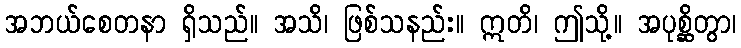
အဘယ်စေတနာ ရှိသည်။ အသိ၊ ဖြစ်သနည်း။ ဣတိ၊ ဤသို့။ အပုစ္ဆိတွာ၊